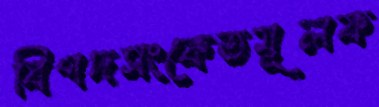
বিপদসংকেতমূলক